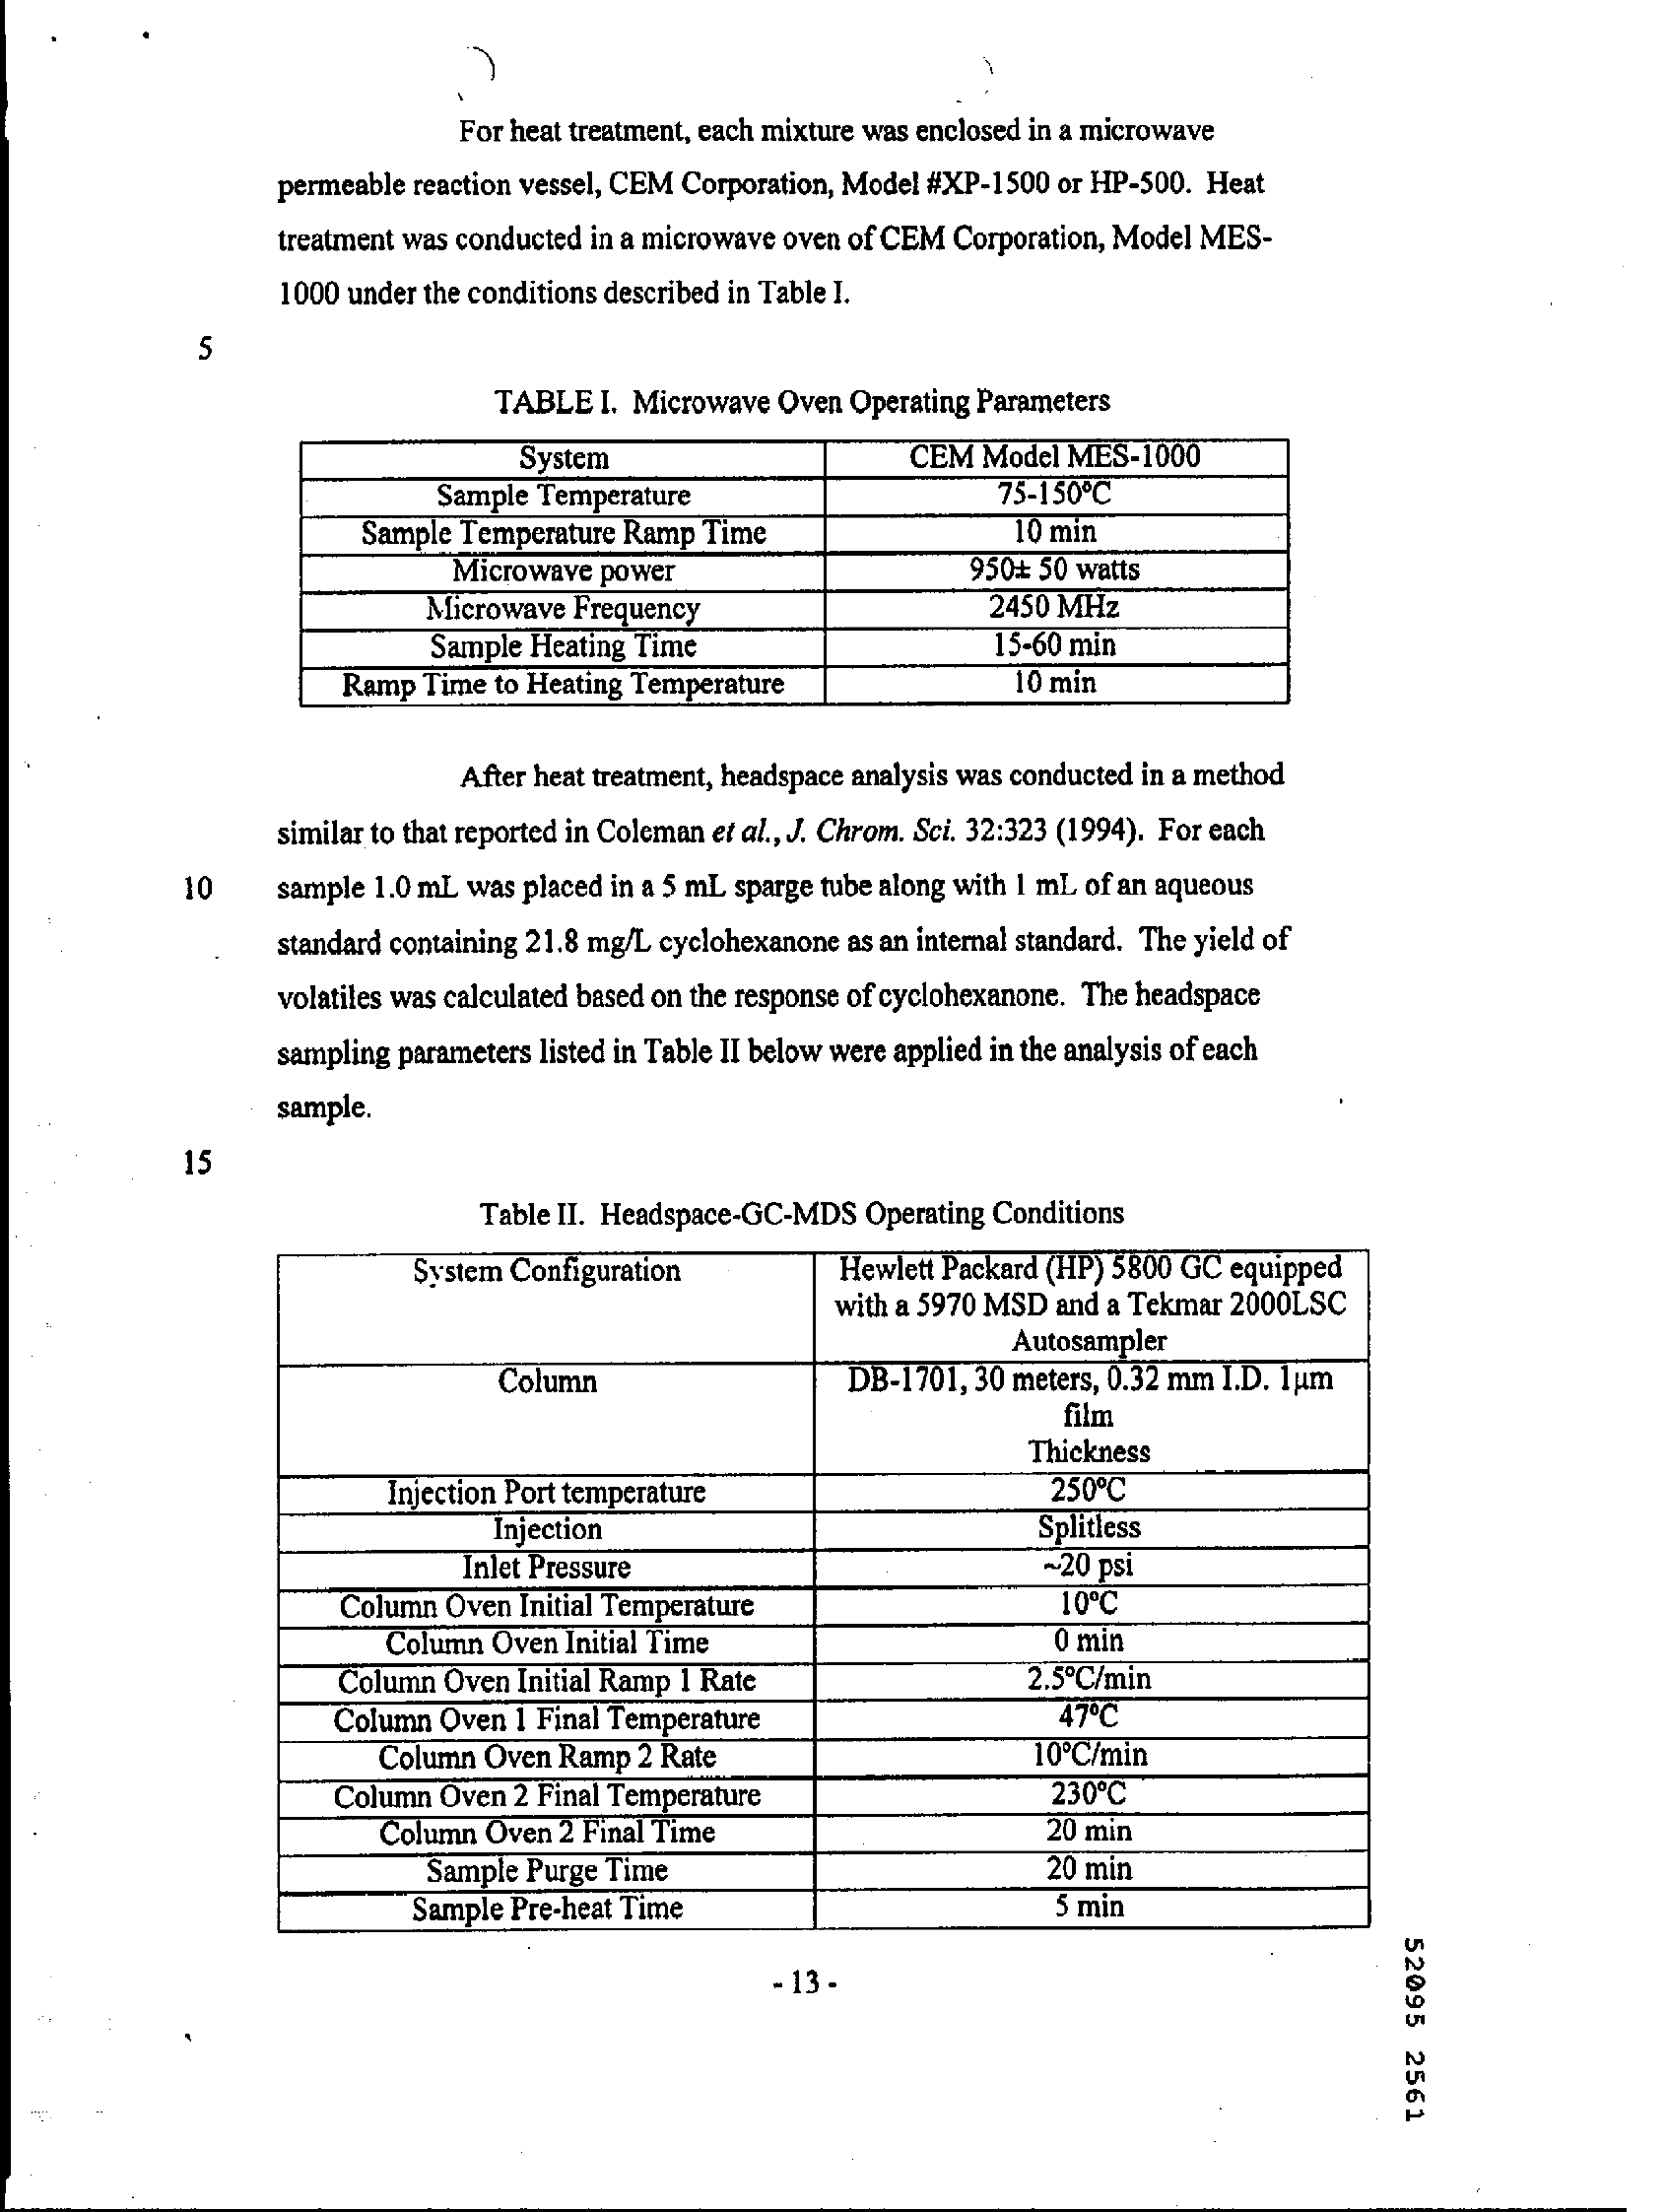
For heat treatment, each mixture was enclosed in a microwave
     permeable reaction vessel, CEM Corporation, Model #XP-1500 or HP-500. Heat
     treatment was conducted in a microwave oven of CEM Corporation, Model MES-
     1000 under the conditions described in Table I.
     S
     TABLE  I. Microwave Oven Operating Parameters
     System    CEM Model MES-1000
     Sample Temperature    75-150ºC
     Sample Temperature Ramp Time    10 min
     Microwave power    950 ₺ 50 watts
     Microwave Frequency    2450 MHZ
     Sample Heating Time    15-60 min
     Ramp Time to Heating Temperature    10 min
     After heat treatment, headspace analysis was conducted in a method
     similar to that reported in Coleman et al ., J. Chrom. Sci. 32:323 (1994). For each
     10    sample 1.0 mL was placed in a 5 mL sparge tube along with 1 mL of an aqueous
     standard containing 21.8 mg/L cyclohexanone as an internal standard. The yield of
     volatiles was calculated based on the response of cyclohexanone. The headspace
     sampling parameters listed in Table II below were applied in the analysis of each
     sample.
     15
     Table II. Headspace-GC-MDS Operating Conditions
     System Configuration    Hewlett Packard (HP) 5800 GC equipped
     with a 5970 MSD and a Tekmar 2000LSC
     Autosampler
     Column    DB-1701, 30 meters, 0.32 mm I.D. 1um
     film
     Thickness
     Injection Port temperature    250 ℃
     Injection    Splitless
     Inlet Pressure    ~20 psi
     Column Oven Initial Temperature    10 ℃
     Column Oven Initial Time    0 min
     Column Oven Initial Ramp 1 Rate    2.5 ℃ /min
     Column Oven  1 Final Temperature    47ºC
     Column Oven Ramp  2 Rate    10 ℃ /min
     Column Oven  2 Final Temperature    230 ℃
     Column Oven  2 Final Time    20 min
     Sample Purge Time    20 min
     Sample Pre-heat Time    5 min
     52095
     2561
     - 13 -